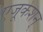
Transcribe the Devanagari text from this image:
एजूकेशन्